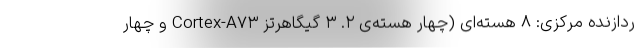
ردازنده مرکزی: ۸ هسته‌ای (چهار هسته‌ی ۲. ۳ گیگاهرتز Cortex-A۷۳ و چهار